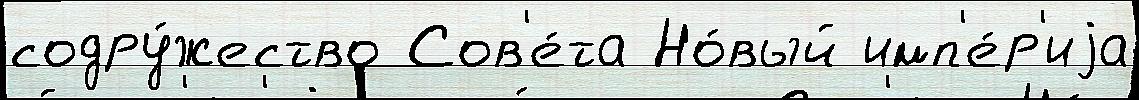
содру́жество Сов'е́та Но́вый имп'е́р'иjа